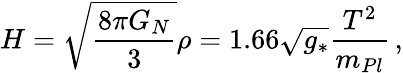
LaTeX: H=\sqrt{\frac{8\pi G_{N}}{3}}\rho=1.66\sqrt{g_{*}}\frac{T^{2}}{m_{Pl}}\, ,